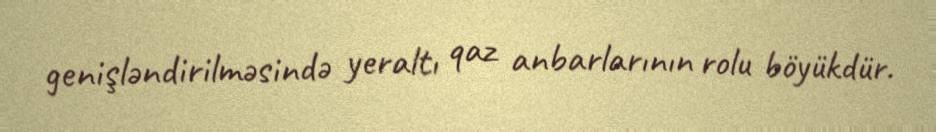
genişləndirilməsində yeraltı qaz anbarlarının rolu böyükdür.